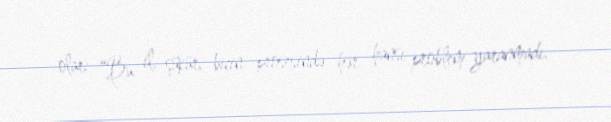
olar: “Bu il, şükür, biçin prosesində hər hansı problem yaranmadı.